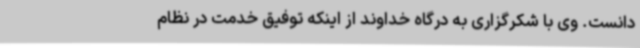
دانست. وی با شکرگزاری به درگاه خداوند از اینکه توفیق خدمت در نظام